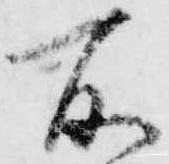
所